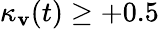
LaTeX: \kappa_{\mathbf{v}}(t)\geq+0.5